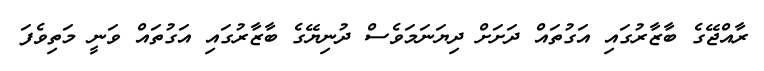
ރާއްޖޭގެ ބާޒާރުގައި އަގުތައް ދަށަށް ދިޔަނަމަވެސް ދުނިޔޭގެ ބާޒާރުގައި އަގުތައް ވަނީ މަތިވެފަ